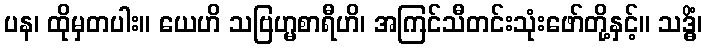
ပန၊ ထိုမှတပါး။ ယေဟိ သဗြဟ္မစာရီဟိ၊ အကြင်သီတင်းသုံးဖော်တို့နှင့်။ သဒ္ဓိံ၊